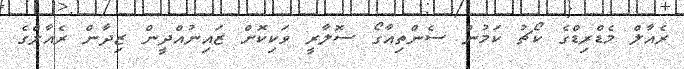
ރެއާލް މެޑްރިޑްގެ ކޯޗު ކަމުން ސެންތިއާގޯ ސޮލާރީ ވަކިކޮށް ޒައިނުއްދީން ޒިދާން ރެއާލްގެ